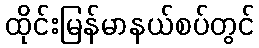
ထိုင်းမြန်မာနယ်စပ်တွင်